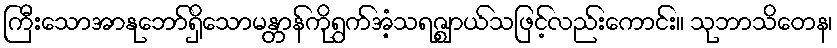
ကြီးသောအာနုဘော်ရှိသောမန္တာန်ကိုရွက်အံ့သရဇ္ဈာယ်သဖြင့်လည်းကောင်း။ သုဘာသိတေန၊